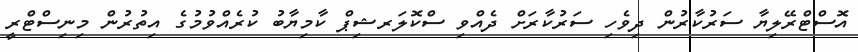
އޮސްޓްރޭލިޔާ ސަރުކާރުން ދިވެހި ސަރުކާރަށް ދެއްވި ސްކޮލަރޝިޕް ކާމިޔާބު ކުރެއްވުމުގެ އިތުރުން މިނިސްޓްރީ